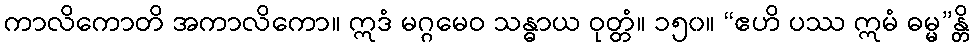
ကာလိကောတိ အကာလိကော။ ဣဒံ မဂ္ဂမေဝ သန္ဓာယ ဝုတ္တံ။ ၁၅၀။ “ဧဟိ ပဿ ဣမံ ဓမ္မ”န္တိ